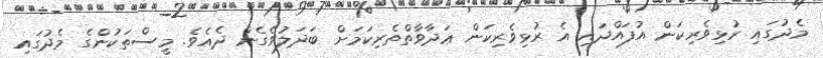
މެދުގައި ރުޅިވެރިކަން އުފައްދައި އެ ރުޅިވެރިކަން ޢަދާވާތްތެރިކަމަށް ބަދަލުވެގެން ދެއެވެ. މީސްތަކުންގެ މެދުގައި